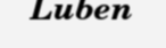
Luben